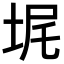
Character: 𪣓